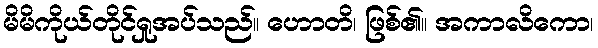
မိမိကိုယ်တိုင်ရှုအပ်သည်။ ဟောတိ၊ ဖြစ်၏။ အကာလိကော၊